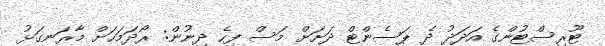
ޓޫރިސްޓުންގެ އަދަދު ދެ ޕަސެންޓް ދަށަށް މަަސް ފިހެ ދިނުން: ރޯދަމަހަށް މާރަނގަޅު